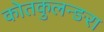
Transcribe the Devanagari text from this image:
कोतकुलन्ङरा